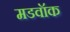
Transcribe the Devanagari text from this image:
मडवॉक